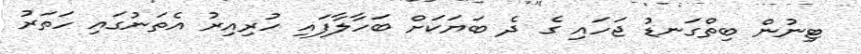
ޓިނުން ބިތްގަނޑު ޖަހައި ގެ ދެ ބަޔަކަށް ބަހާލާފައި ހުރިއިރު އެތަނުގައި ހަތަރު